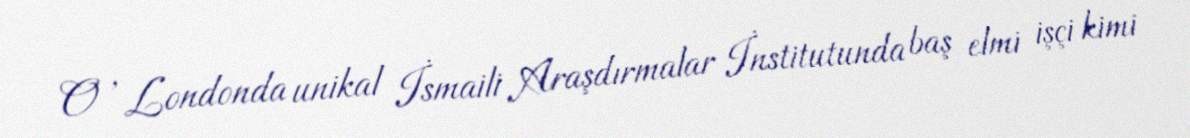
O , Londonda unikal İsmaili Araşdırmalar İnstitutunda baş elmi işçi kimi